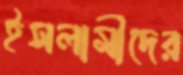
ইসলামীদের